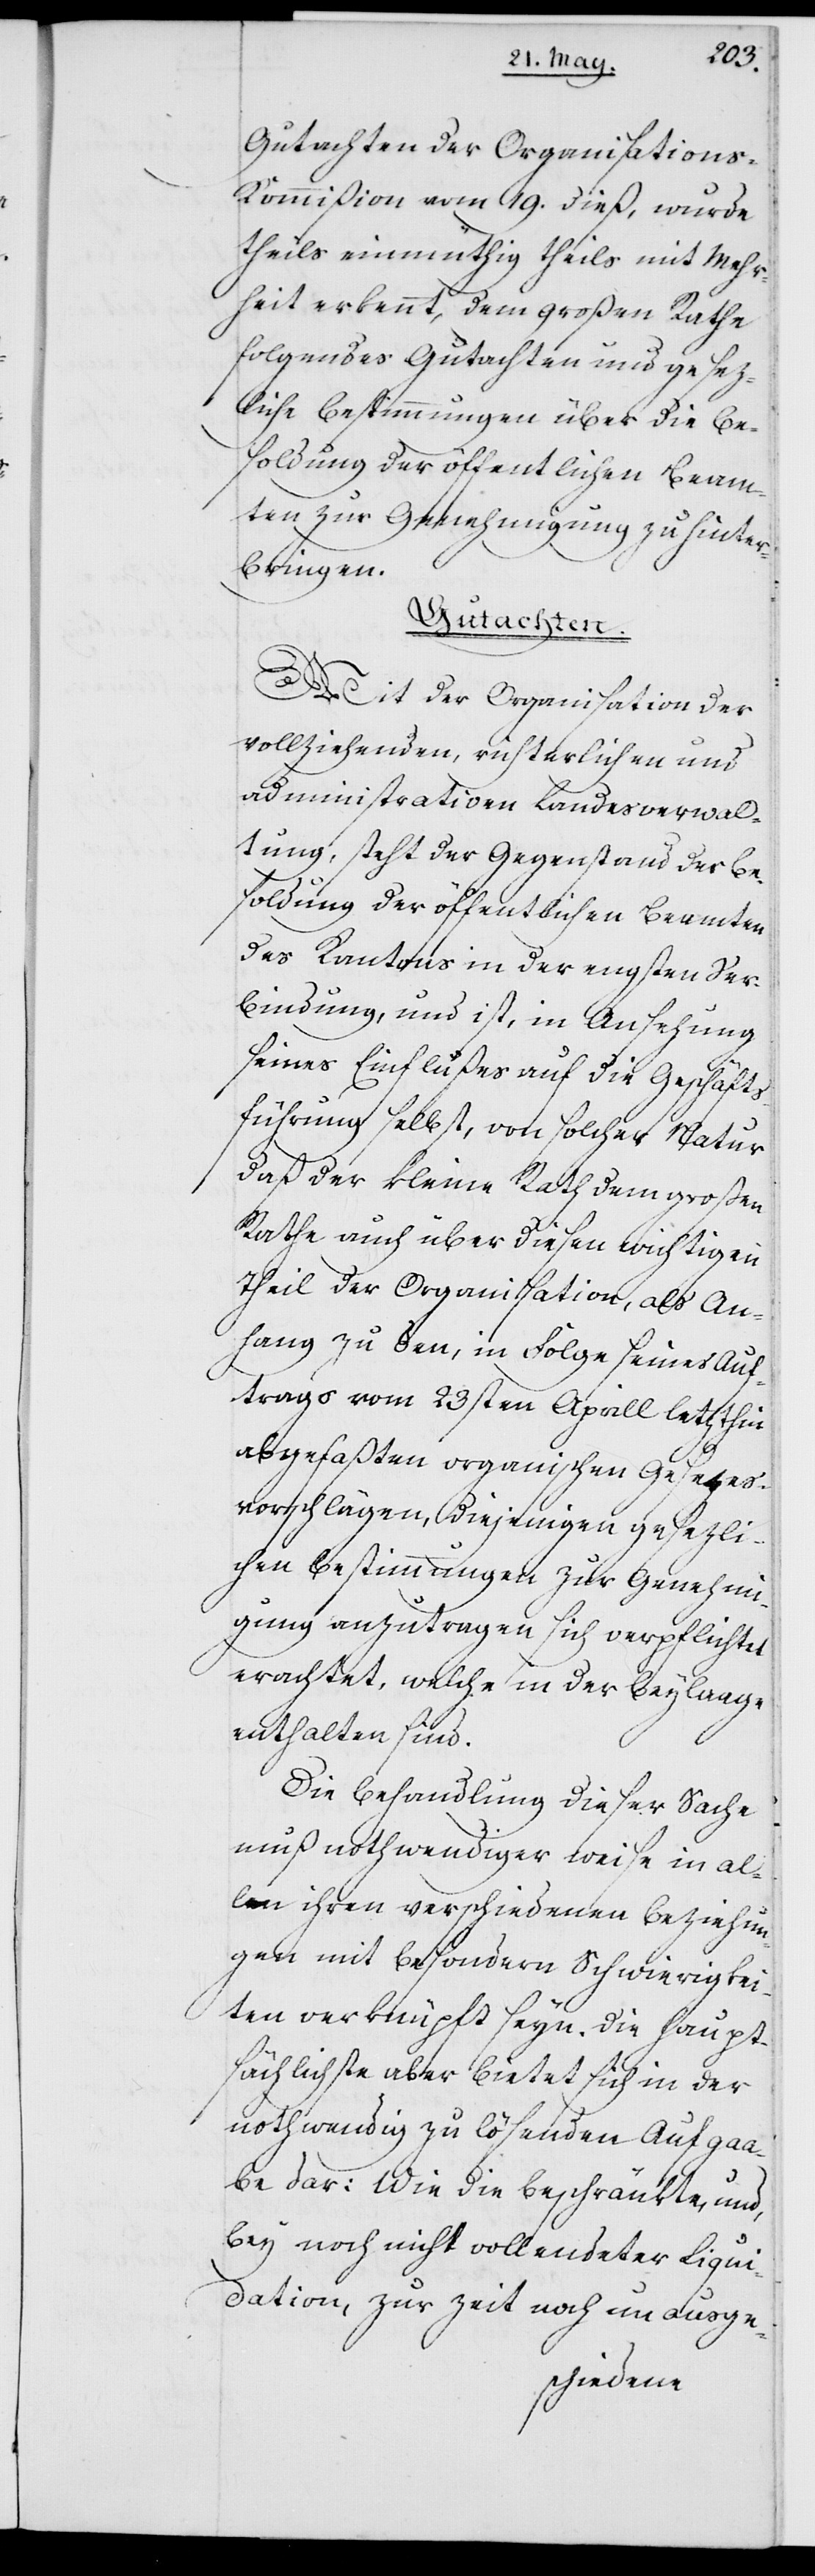
Gutachten der Organisation¬
s-Kommißion vom 19. dieß wurde
theils einmüthig theils mit Mehr¬
heit erkennt, dem Großen Rathe
folgendes Gutachten und gesez¬
liche Bestimmungen über die Be¬
soldung der öffentlichen Beam¬
ten zur Genehmigung zu hinter¬
bringen.
Gutachten.
Mit der Organisation der
vollziehenden, richterlichen und
administrativen Landesverwal¬
tung, steht der Gegenstand der Be¬
soldung der öffentlichen Beamten
des Kantons in der engsten Ver¬
bindung, und ist, in Ansehung
seines Einflußes auf die Geschäfts¬
führung selbst, von solcher Natur,
daß der kleine Rath dem großen
Rathe auch über diesen wichtigen
Theil der Organisation, als An¬
hang zu den, in Folge seines Auf¬
trags vom 23sten Aprill letzthin
abgefaßten organischen Gesezes¬
vorschlägen, diejenigen gesezli¬
chen Bestimmungen zur Genehmi¬
gung anzutragen sich verpflichtet
erachtet, welche in der Beylaage
enthalten sind.
Die Behandlung dieser Sache
muß nothwendiger weise in al¬
len ihren verschiedenen Beziehun¬
gen mit besondern Schwierigkei¬
ten verknüpft seyn. Die haupt¬
sächlichste aber bietet sich in der
nothwendig zu lösenden Aufgaa¬
be dar: Wie die beschränkte, und,
bey noch nicht vollendeter Liqui¬
dation, zur Zeit noch unaus-